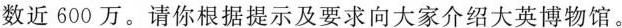
数近600万。请你根据提示及要求向大家介绍大英博物馆。